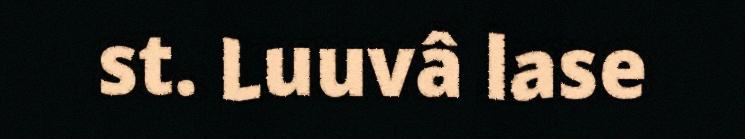
st. Luuvâ lase